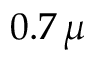
0 . 7 \, \mu